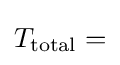
T_{\mathrm {total} }=